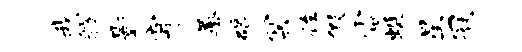
我舫影穿蒿碣冥佐假雷蜓星冠